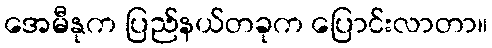
အေမီနုက ပြည်နယ်တခုက ပြောင်းလာတာ။